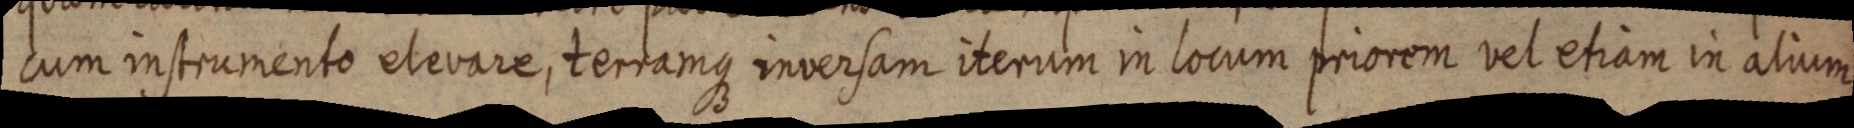
cum instrumento elevare, tertamque inversam iterum in locum priorem vel etiam in alium